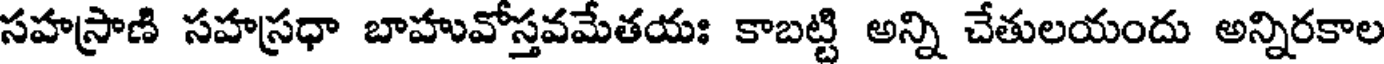
సహస్రాణి సహస్రధా బాహువోస్తవమేతయః కాబట్టి అన్ని చేతులయందు అన్నిరకాల